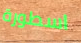
اسطورة